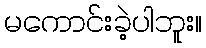
မကောင်းခဲ့ပါဘူး။